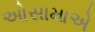
ઓસામાએ